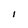
Character: l